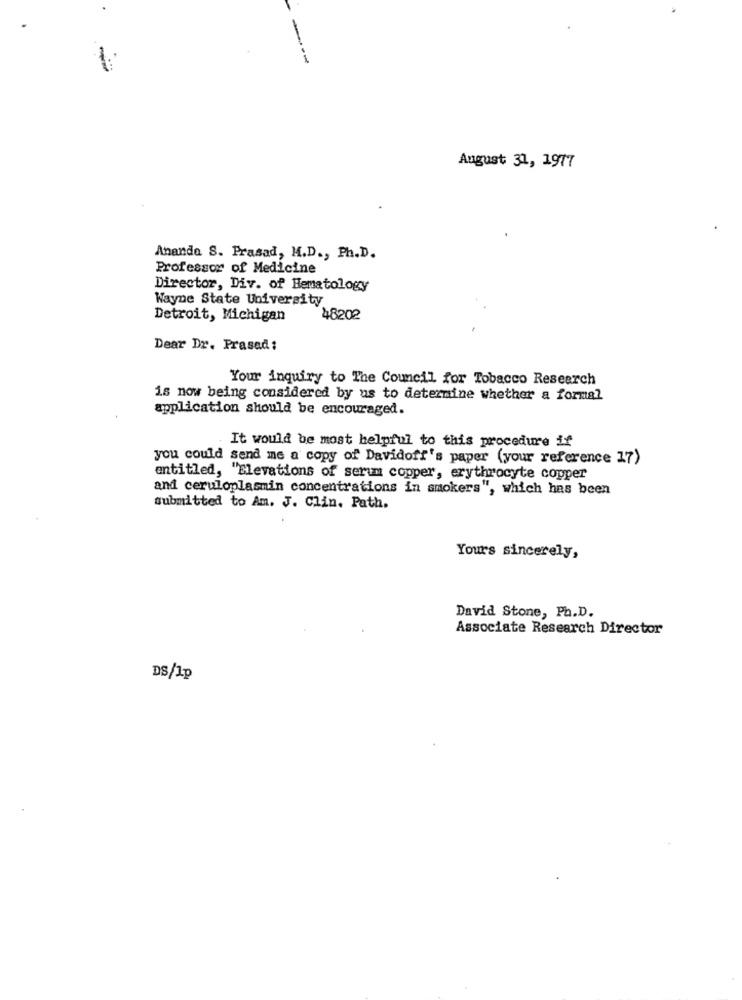
August 31, 1977
Ananda S. Prasad, M.D ., Ph.D.
Professor of Medicine
Director, Div. of Hematology
Wayne State University
Detroit, Michigan
48202
Dear Dr. Prased:
Your inquiry to The Council for Tobacco Research
is now being considered by us to determine whether a formal
application should be encouraged.
It would be most helpful to this procedure if
you could send me a copy of Davidoff's paper (your reference 17)
entitled, "Elevations of serum copper, erythrocyte copper
and ceruloplasmin concentrations in smokers", which has been
submitted to Am. J. Clin. Path.
Yours sincerely,
David Stone, Ph.D.
Associate Research Director
DS/Ip